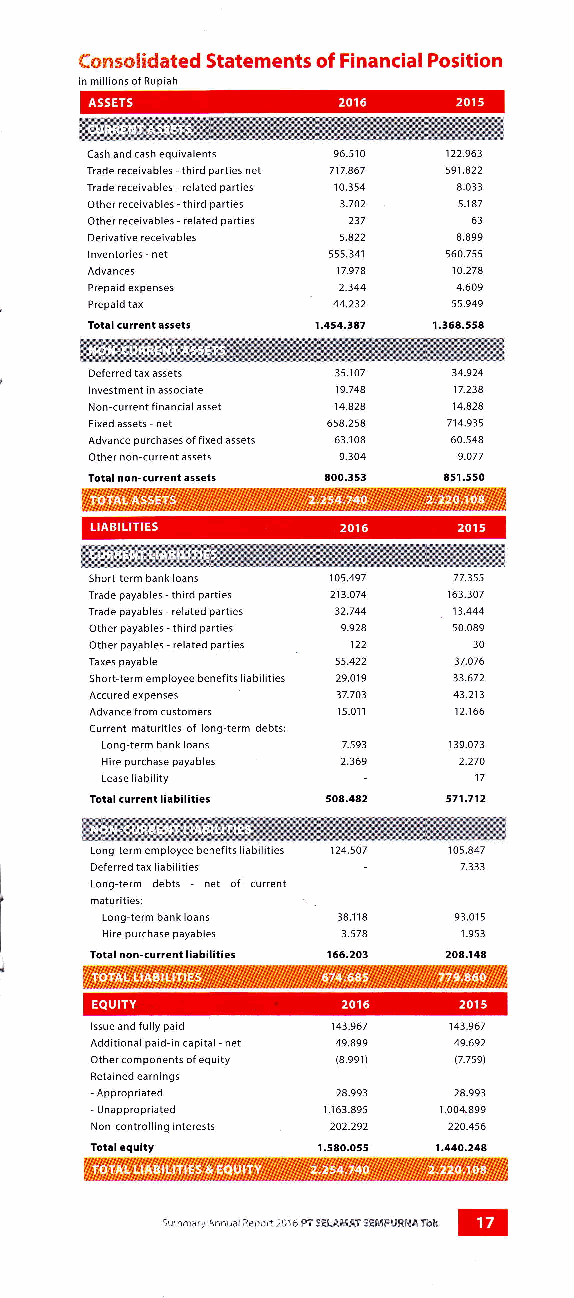
cash and cash equivalents 96.510 122.963
 Trade receivables - third parties nel 717.867 s91.822
 Trade receivables related parties 10.354 8.033
 Other receivables - third parties 3.702 5.181
 Other receivables - related parties 237 63
 Derivative receivables s.822 8.899
 lnventories - net 555.341 560.755
 17.978  10.278
 Prepaid expenses 2.344  4.609
 Prepaid tax     44.232  55.949
 Total current assets 1.454.r87 1.368,558
 Deferred tax assets 35.107 34.924
 lnvestment in associate 19.748 17.238
 Non-curtent f inancial asset 14.828 14.828
 Fixed assets - net 658.258 714.935
 Advance purchases of fixed assets 63.108 60.548
 Other non current assets 9.304 9.O77
 Total non-current assets 800.353 8s1.550
 Short term bank loans 105.497 11.355
 Trade payables third parties 213.074 163.307
 Trade payables' related parties 32.744 13.444
 Other payables - third parties 9.924 s0.089
 Other payables related parties 122 30
 Taxes payable   55.422  31.076
 Short-term employee benef its liabilities 29.O19 33.672
 Accured expenses 37.703 41.211
 Advance from customers 15.01 1 12.166
 Cu(ent maturities of lonq-term debts:
 Long term bank loans 1.593 139.071
 Hire purchase payables 2.369 2.270
 Lease liability          17
 Total <urrent liabilities s08.442 571.712
 Long term employee benefits liabilities 105.447
 Deferred tax liabilities 1.333
 Long-term debts - net of current
 maturities:
 Long-term bank loans   93.0r5
 Hire purchase payables  1.953
 Total non-<urrent liabilitie5 208,148
 lssue and fully paid 143.961 143.967
 Additional paid in capital nel 49.899 49.692
 Other components of equity (8.99r) 17.7s9)
 Retained earnings
 Appropriated    28.993  28.993
 - llnappropriated 1.163.895 1.004899
 Non controlling interests 202,292 220.456
 Total equity   l.5ao.o55 1.440.244
 sumilrary Annual sepcrt 2016 PT sELAMAT 5:MPUaNA Tbk E